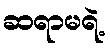
ဆရာမရဲ့